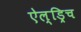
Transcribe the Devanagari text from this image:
ऐल्ड्रिच